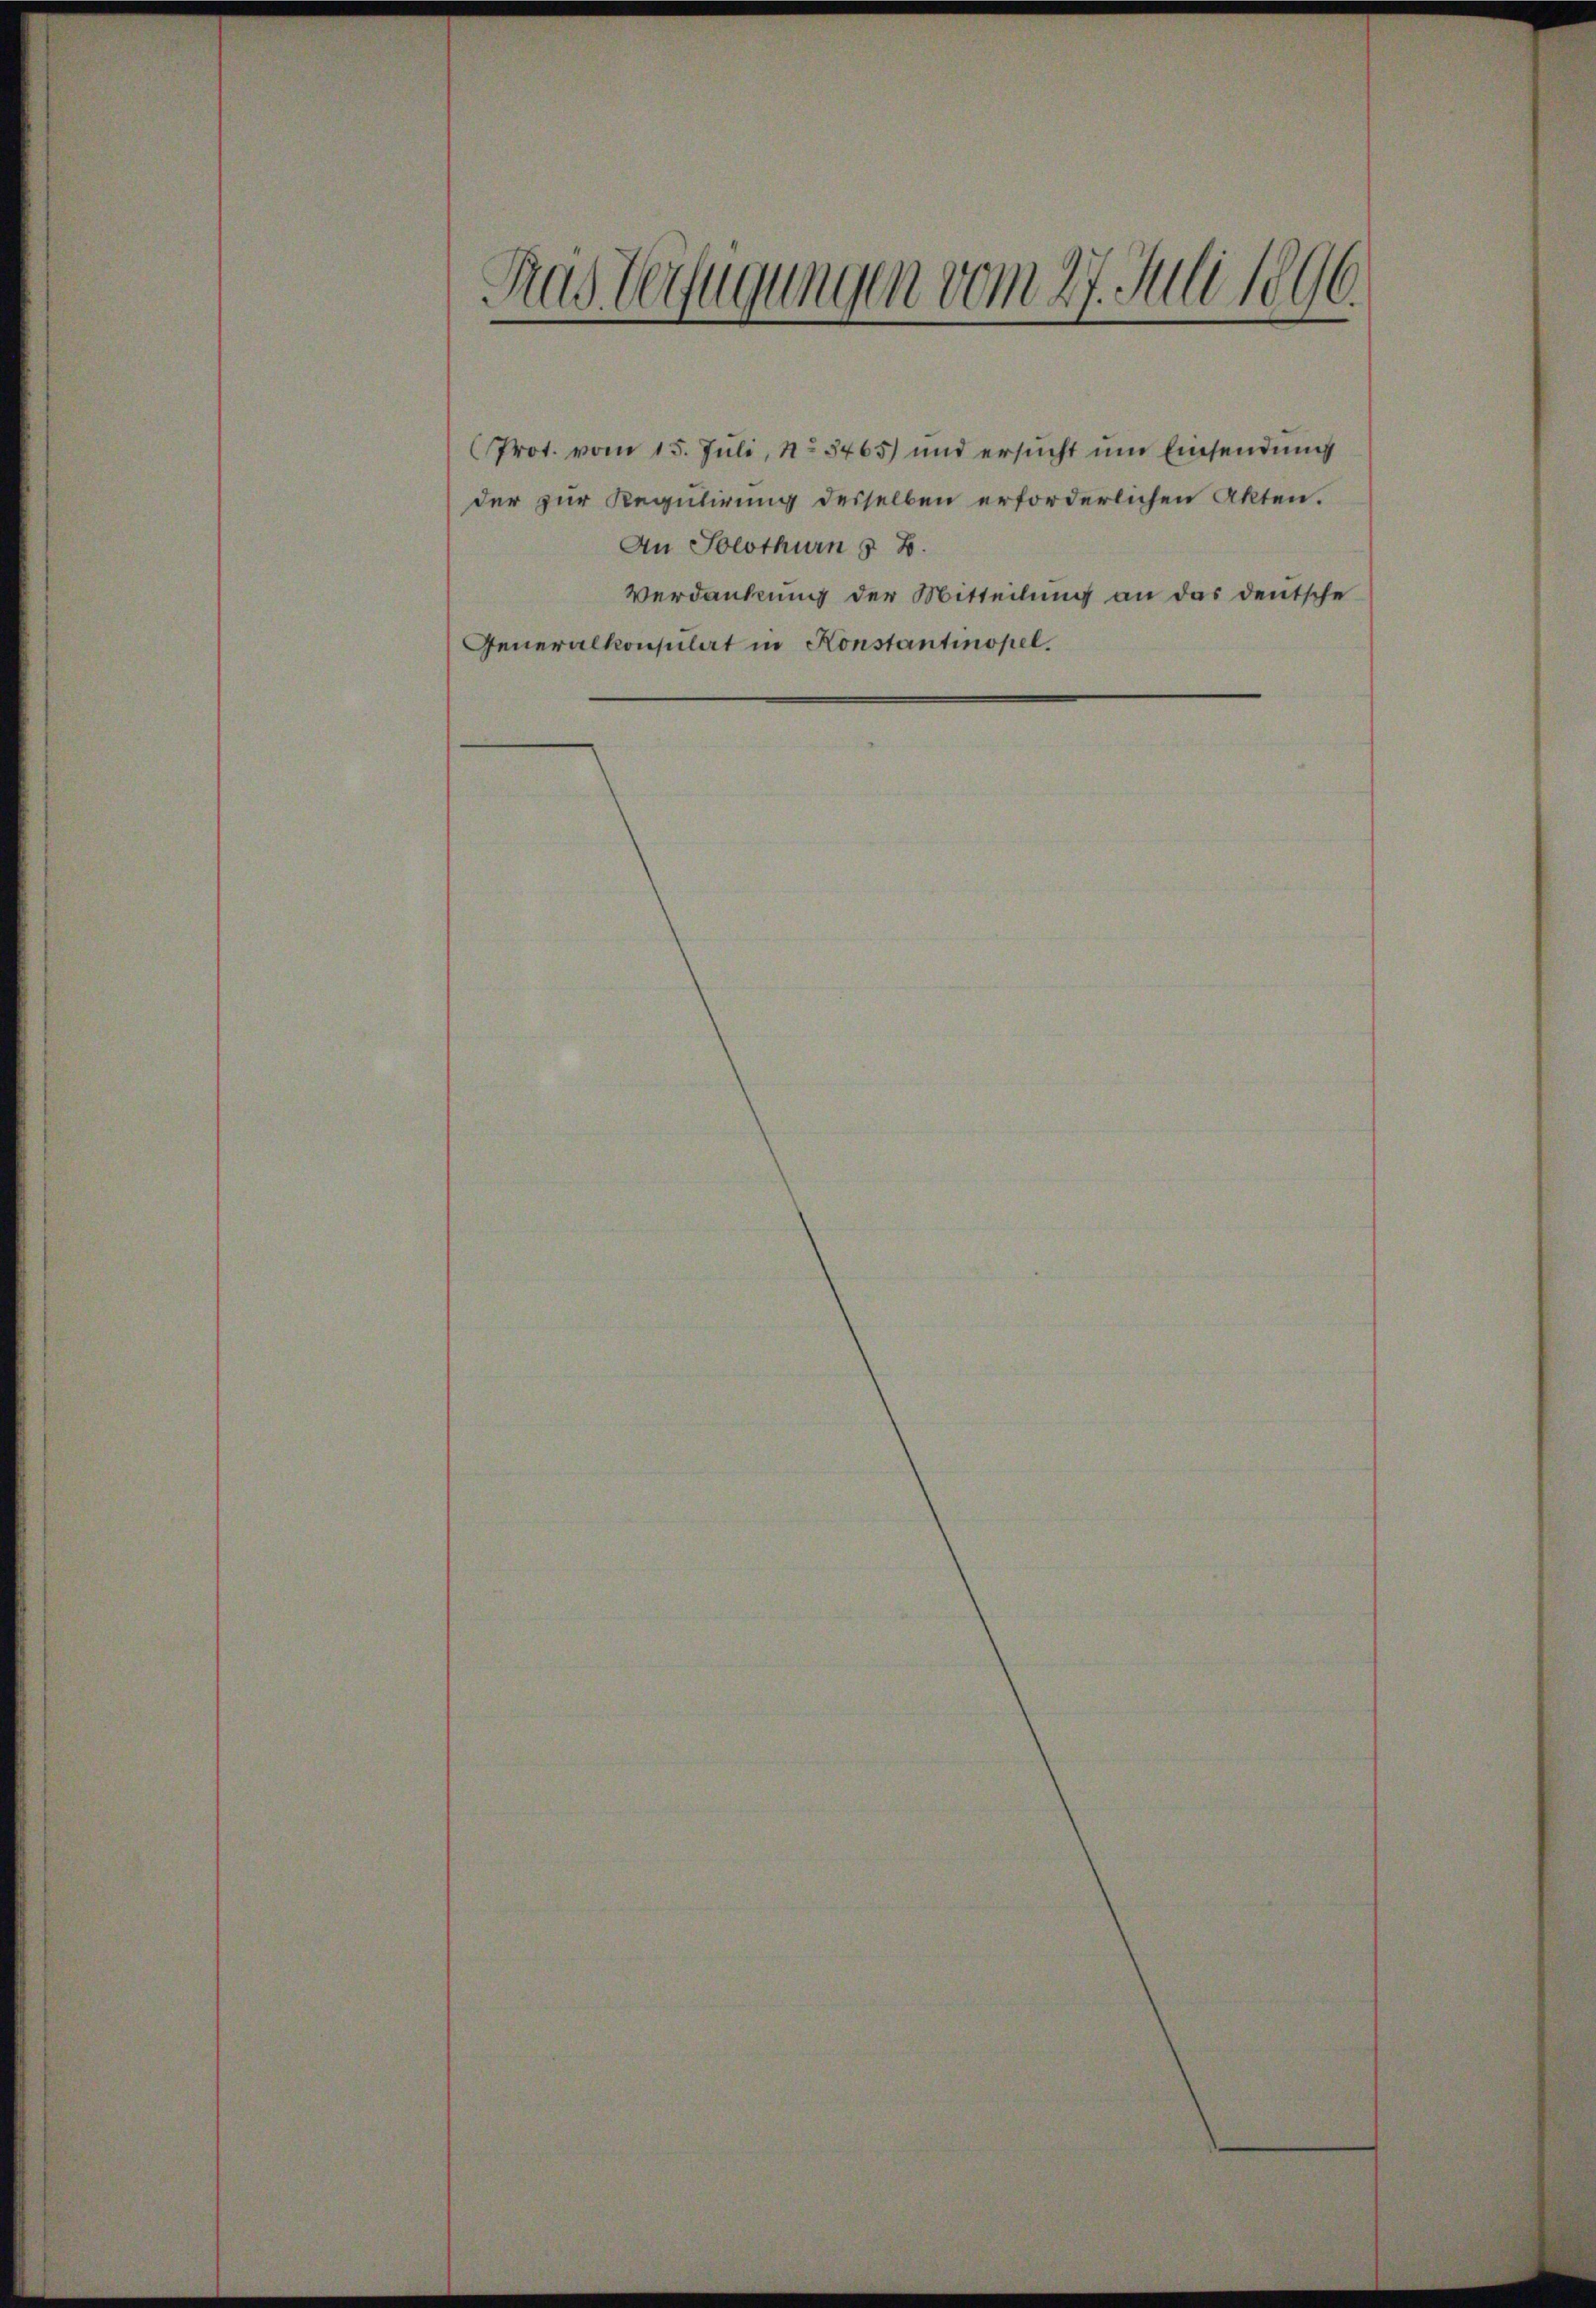
Fras Verfügungen vom 27. Juli 1896.

Prot. vom 15. Juli, No 3465) und ersŭcht ŭm Einsendŭng
der zur Regulirung desselben erforderlichen Akten.
An Solothurn & B.
Verdankung der Mitteilung an das deutsche
Generalkonsulat in Konstantinopel.